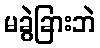
မခွဲခြားဘဲ